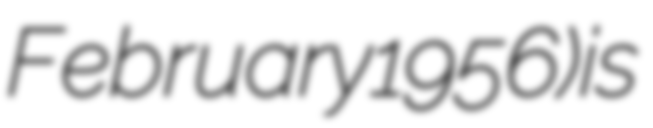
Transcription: February 1956) is